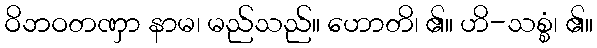
ဝိဘဝတဏှာ နာမ၊ မည်သည်။ ဟောတိ၊ ၏။ ဟိ-သစ္စံ၊ ၏။